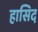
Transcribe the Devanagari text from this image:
हासिद